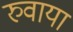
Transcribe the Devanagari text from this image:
रुवाया